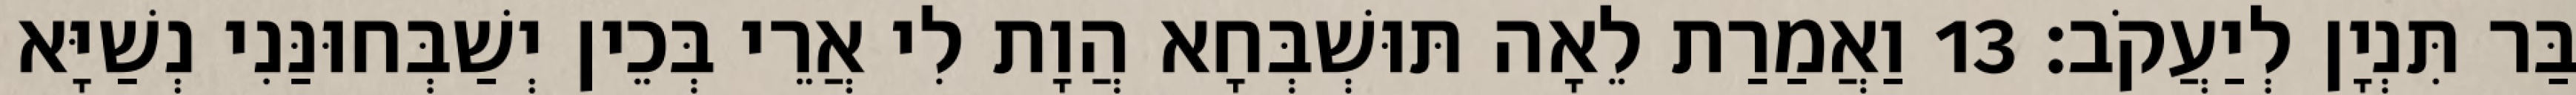
בַּר תִּנְיָן לְיַעֲקֹב׃ 13 וַאֲמַרַת לֵאָה תּוּשְׁבְּחָא הֲוָת לִי אֲרֵי בְּכֵין יְשַׁבְּחוּנַּנִי נְשַׁיָּא